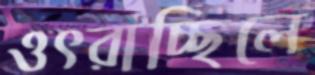
ওৎরাচ্ছিলে